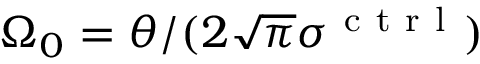
\Omega _ { 0 } = \theta / ( 2 \sqrt { \pi } \sigma ^ { \mathrm { ~ c ~ t ~ r ~ l ~ } } )